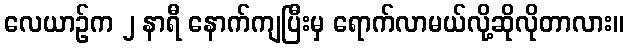
လေယာဉ်က ၂ နာရီ နောက်ကျပြီးမှ ရောက်လာမယ်လို့ဆိုလိုတာလား။